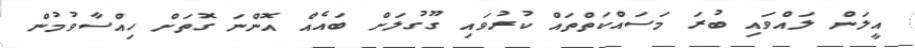
އީލަން ލައްވައި ބުރަ މަސައްކަތްތައް ކުރުވައި ގޫގުލަށް ބައެއް އޮންނަ ގޮތަށް ހިއްސާވުމުން